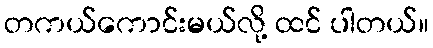
တကယ်ကောင်းမယ်လို့ ထင် ပါတယ်။